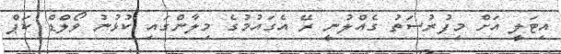
އިޓަލީ އަށް މިފުރުސަތު ގެއްލުނީ ރޭ އެގައުމުގެ މިލާންގައި ކުޅުނު ވޯލްޑް ކަޕް